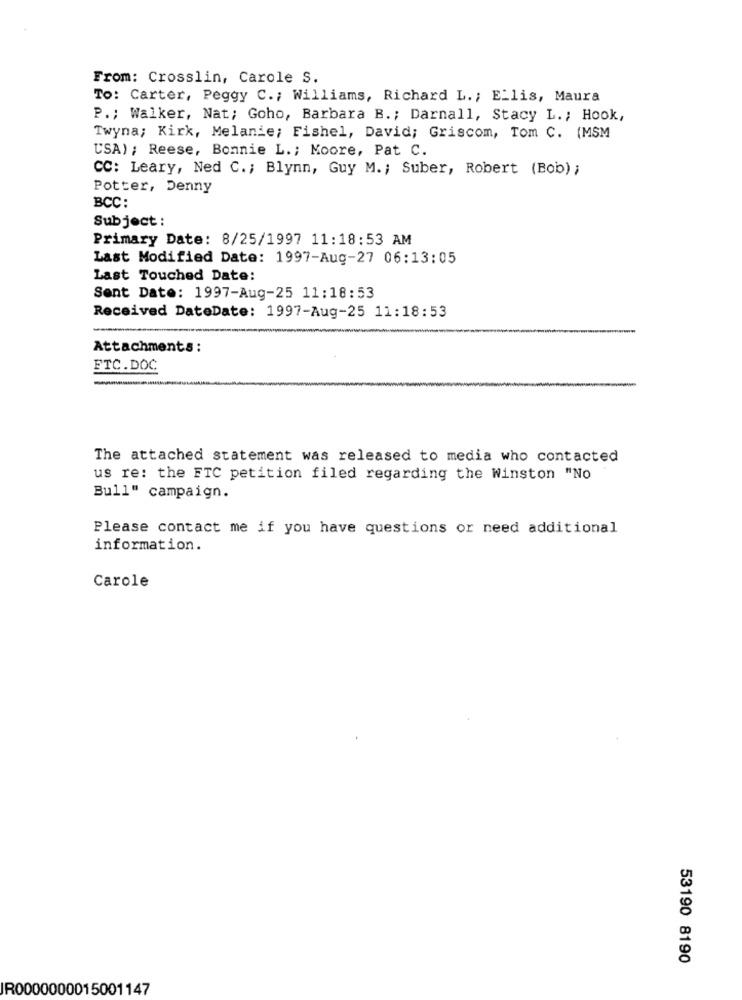
From: Crosslin, Carole S.
To: Carter, Peggy C .; Williams, Richard L .; Ellis, Maura
P .; Walker, Nat; Goho, Barbara B .; Darnall, Stacy L .; Hook,
Twyna; Kirk, Melanie; Fishel, David; Griscom, Tom C. (MSM
USA); Reese, Bonnie L .; Moore, Pat C.
CC: Leary, Ned C .; Blynn, Guy M .; Suber, Robert (Bob) ;
Potter, Denny
BCC :
Subject :
Primary Date: 8/25/1997 11:18:53 AM
Last Modified Date: 1997-Aug-27 06:13:05
Last Touched Date:
Sent Date: 1997-Aug-25 11:18:53
Received DateDate: 1997-Aug-25 11:18:53
Attachments:
FTC.DOC
The attached statement was released to media who contacted
us re: the FTC petition filed regarding the Winston "No
Bull" campaign.
Please contact me if you have questions or need additional
information.
Carole
53190 8190
IR0000000015001147